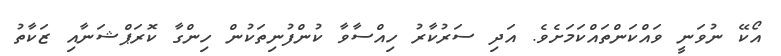
އޯކޭ ނުވަނީ ވައްކަންތައްކަމަށެވެ. އަދި ސަރުކާރު ހިއްސާވާ ކުންފުނިތަކުން ހިންގާ ކޮރަޕްޝަނާއި ޒަކާތު